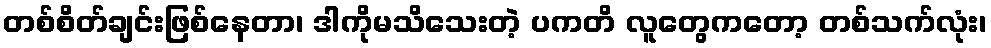
တစ်စိတ်ချင်းဖြစ်နေတာ၊ ဒါကိုမသိသေးတဲ့ ပကတိ လူတွေကတော့ တစ်သက်လုံး၊